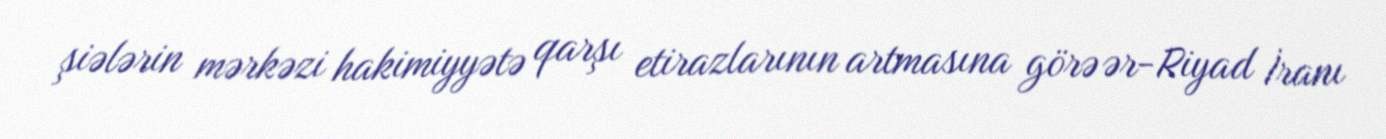
şiələrin mərkəzi hakimiyyətə qarşı etirazlarının artmasına görə ər-Riyad İranı